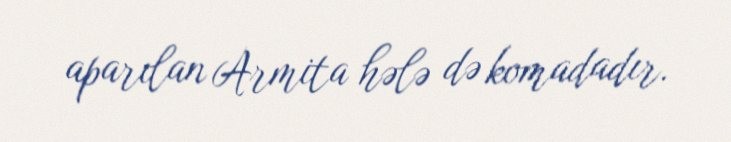
aparılan Armita hələ də komadadır.